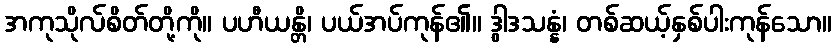
အကုသိုလ်စိတ်တို့ကို။ ပဟီယန္တိ၊ ပယ်အပ်ကုန်၏။ ဒွါဒသန္နံ၊ တစ်ဆယ့်နှစ်ပါးကုန်သော။